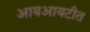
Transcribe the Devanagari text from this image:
आयआयटीत